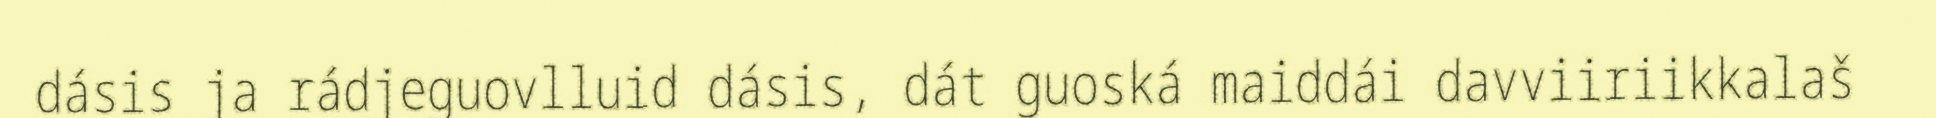
dásis ja rádjeguovlluid dásis, dát guoská maiddái davviiriikkalaš